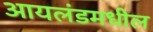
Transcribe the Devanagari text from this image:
आयलंडमधील